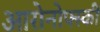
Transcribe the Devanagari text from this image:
आरोनोफ्स्की